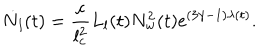
\dot { N } _ { l } ( t ) = \frac { c } { l _ { c } ^ { 2 } } L _ { l } ( t ) N _ { w } ^ { 2 } ( t ) \mathrm { e } ^ { ( 3 \gamma - 1 ) \lambda ( t ) } .